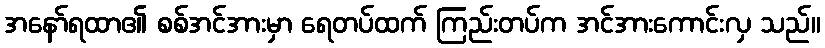
အနော်ရထာ၏ စစ်အင်အားမှာ ရေတပ်ထက် ကြည်းတပ်က အင်အားကောင်းလှ သည်။